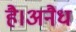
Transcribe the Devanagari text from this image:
है।अनैध